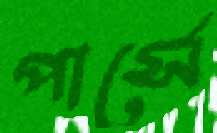
পার্সে